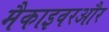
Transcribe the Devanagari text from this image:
मैकाइवरऔर